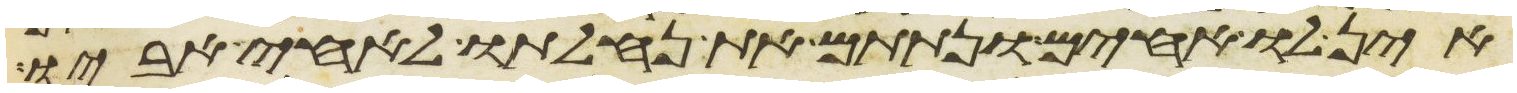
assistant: אין לו אחים ונתתם את נחלתו לאחי אביו